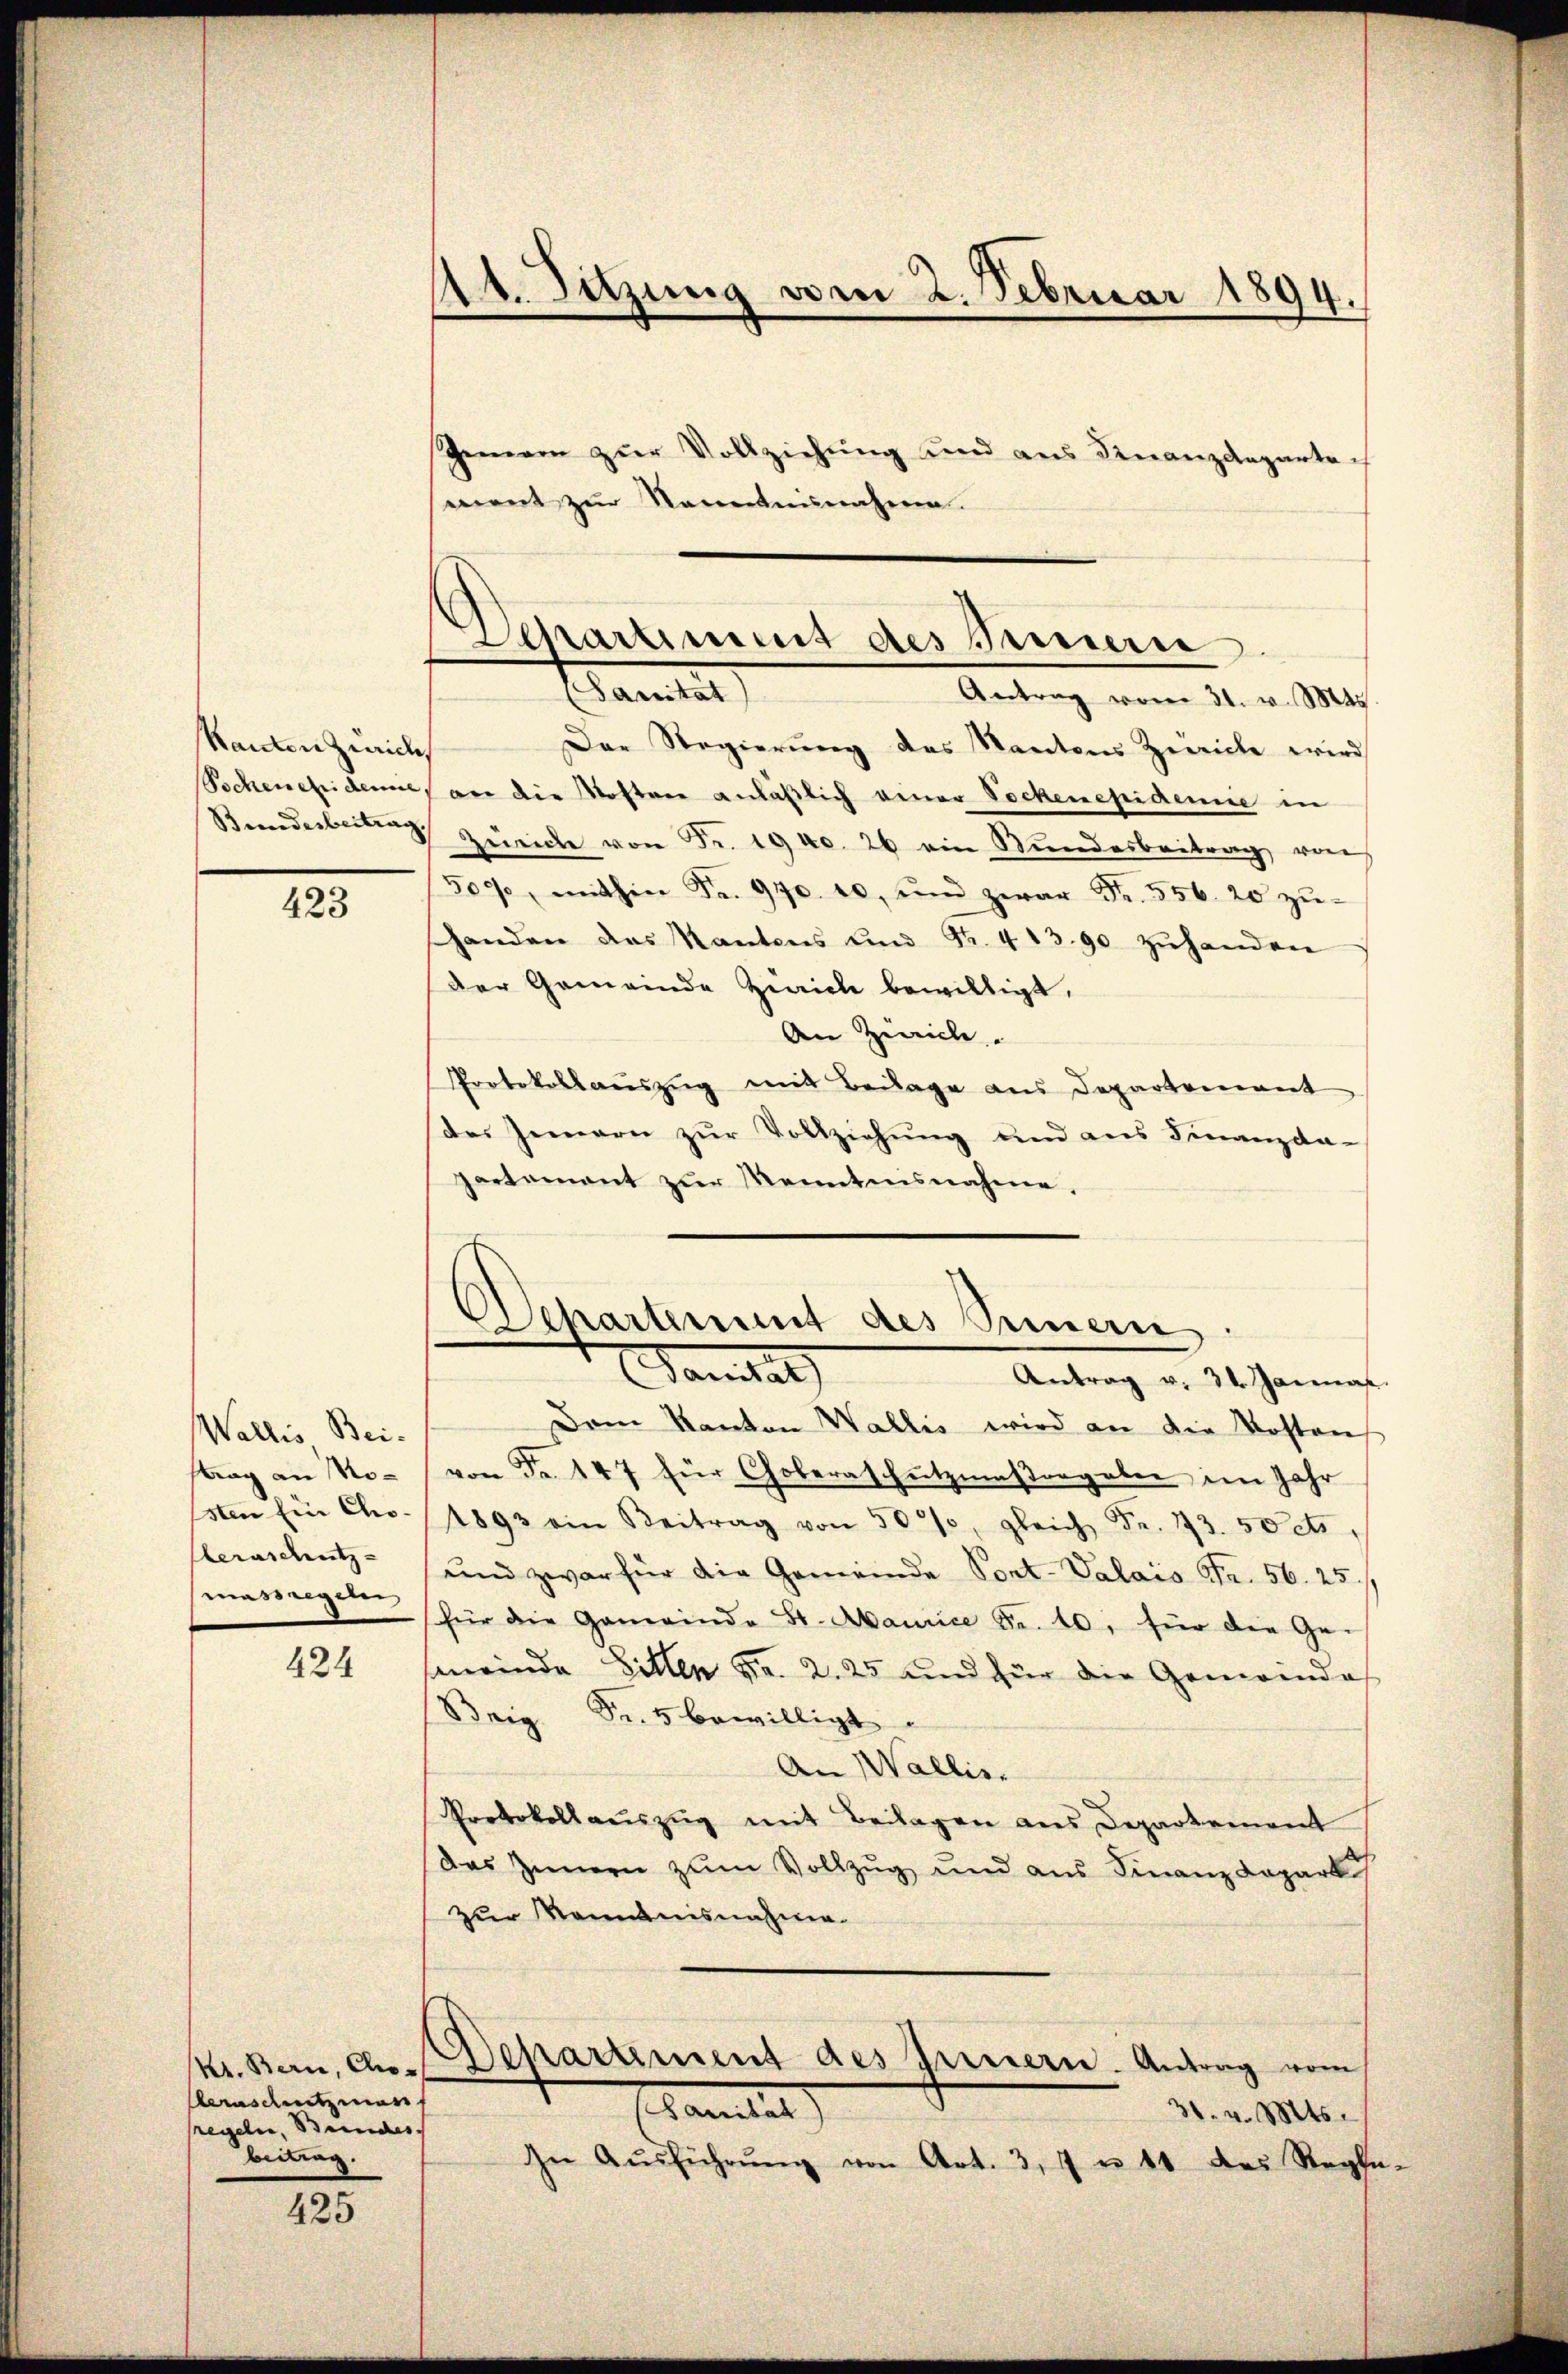
Ranton Zürich,
Socheneidemie,
Bundesbeitrag

423

Wallis Bei-
trag an Mosten Ein Choeraschutz-
massregeln

424

kr. Bern, Cho¬
Aernsametzman
regeln, Bundes.
beitrag.

425

1t. Satzung vom 2. Februar 1894.

ment zur Namentnisnahmen.

Der Regierung des Kantons Zwicke wird
an die Kosten anläßlich einer Sockenepidemie in
Zwicke von Fr. 1940. 26 ein Stundesbeitrag von
509, mithin Fr. 940. 10, und zwar Fr. 556. 20 zŭ-
handen das Kantons und Fr. 41390 zŭhanden
der Gemeinde Zürich bewilligt.
An Zeich.
Protokollaŭszŭg mit Beilage aus Departement
des Jennern zŭr Vollziehŭng und aus Finanzda-
partement zur Menntnisnahme,

Gemein zŭr Vollziehŭng und aus Finanzdeparten

Dem Kanton Wallis wird an die Kostens
von Fr. 147 für Choleraschutzmassergaben im Jahr
1893 ein Beitrag von 50%, gleich Fr. 173. 50 cts,
und zwar für die Gemeinde Pont-Valais Fr. 56. 25
für die Gemeinde St. Manice Fr. 40. für die Ge-
(meinde Sitten Fr. 2. 25 und für die Gemeinde
Brig Fr. 5 bewilligt.
An Wallis.
Protokollauszug mit Beilagen aus Departement
das Innern zum Vollzug und aus Finanzdeparti
zur Kenntnisnahme.
Departement des Innern. Antrag vom
Eamilit
30. v. Mts.
In Aŭsführŭng von Art. 3, 7 u 41 des Regle-

Schartinus des Innern
(Sanität)
Antrag vom 31. v. Mts.

Separtement des Sinnern
Sanitat
Antrag u. 34. Janna.